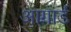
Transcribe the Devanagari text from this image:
आगार्ड